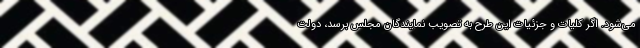
می‌شود. اگر کلیات و جزئیات این طرح به تصویب نمایندگان مجلس برسد، دولت